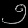
Digit: ၅